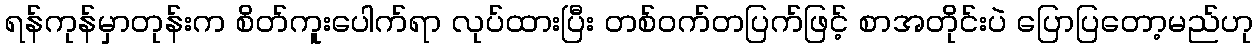
ရန်ကုန်မှာတုန်းက စိတ်ကူးပေါက်ရာ လုပ်ထားပြီး တစ်ဝက်တပြက်ဖြင့် စာအတိုင်းပဲ ပြောပြတော့မည်ဟု